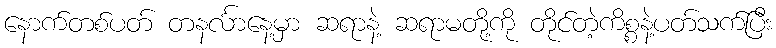
နောက်တစ်ပတ် တနင်္လာနေ့မှာ ဆရာနဲ့ ဆရာမတို့ကို တိုင်တဲ့ကိစ္စနဲ့ပတ်သက်ပြီး